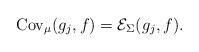
LaTeX: \begin{align*} \operatorname{Cov}_{\mu}(g_j,f) = \mathcal{E}_{\Sigma}(g_j,f).\end{align*}